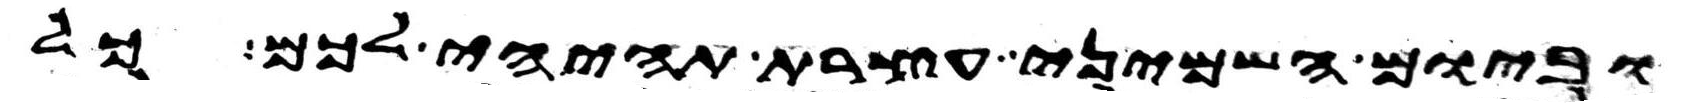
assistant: וביום השמיני עצרת תהיה לכם כל